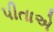
પીતાએ